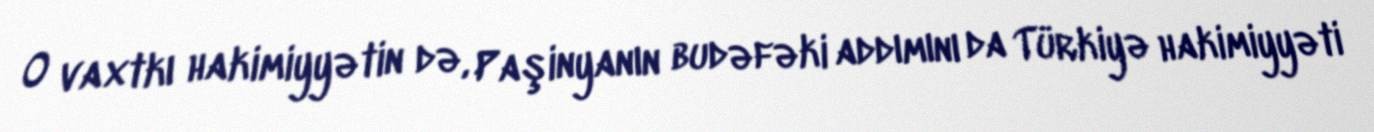
O vaxtkı hakimiyyətin də, Paşinyanın budəfəki addımını da Türkiyə hakimiyyəti